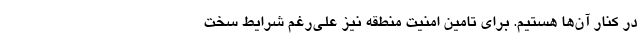
در کنار آن‌ها هستیم. برای تامین امنیت منطقه نیز علی‌رغم شرایط سخت